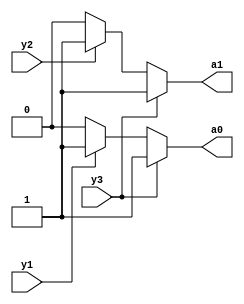
module encoder(output a0,a1, input y3,y2,y1);

    assign a1 = y3 ? y2 ? 1'b1 : 1'b1 : y2 ? 1'b1 : 1'b0;
    assign a0 = y3 ? y1 ? 1'b1 : 1'b1 : y1 ? 1'b1 : 1'b0;

endmodule